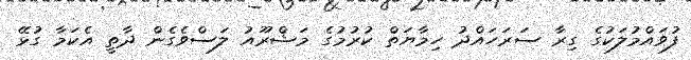
ފުވައްމުލަކުގެ ގިރާ ސަރަހައްދު ހިމާޔަތް ކުރުމުގެ މަޝްރޫއު ލަސްވެގެން ދާތީ އެކަމާ ގުޅޭ